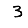
Digit: 3